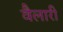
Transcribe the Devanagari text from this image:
वैलारी